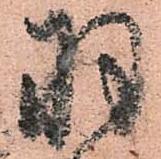
羽